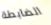
الضابطة